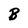
Character: B